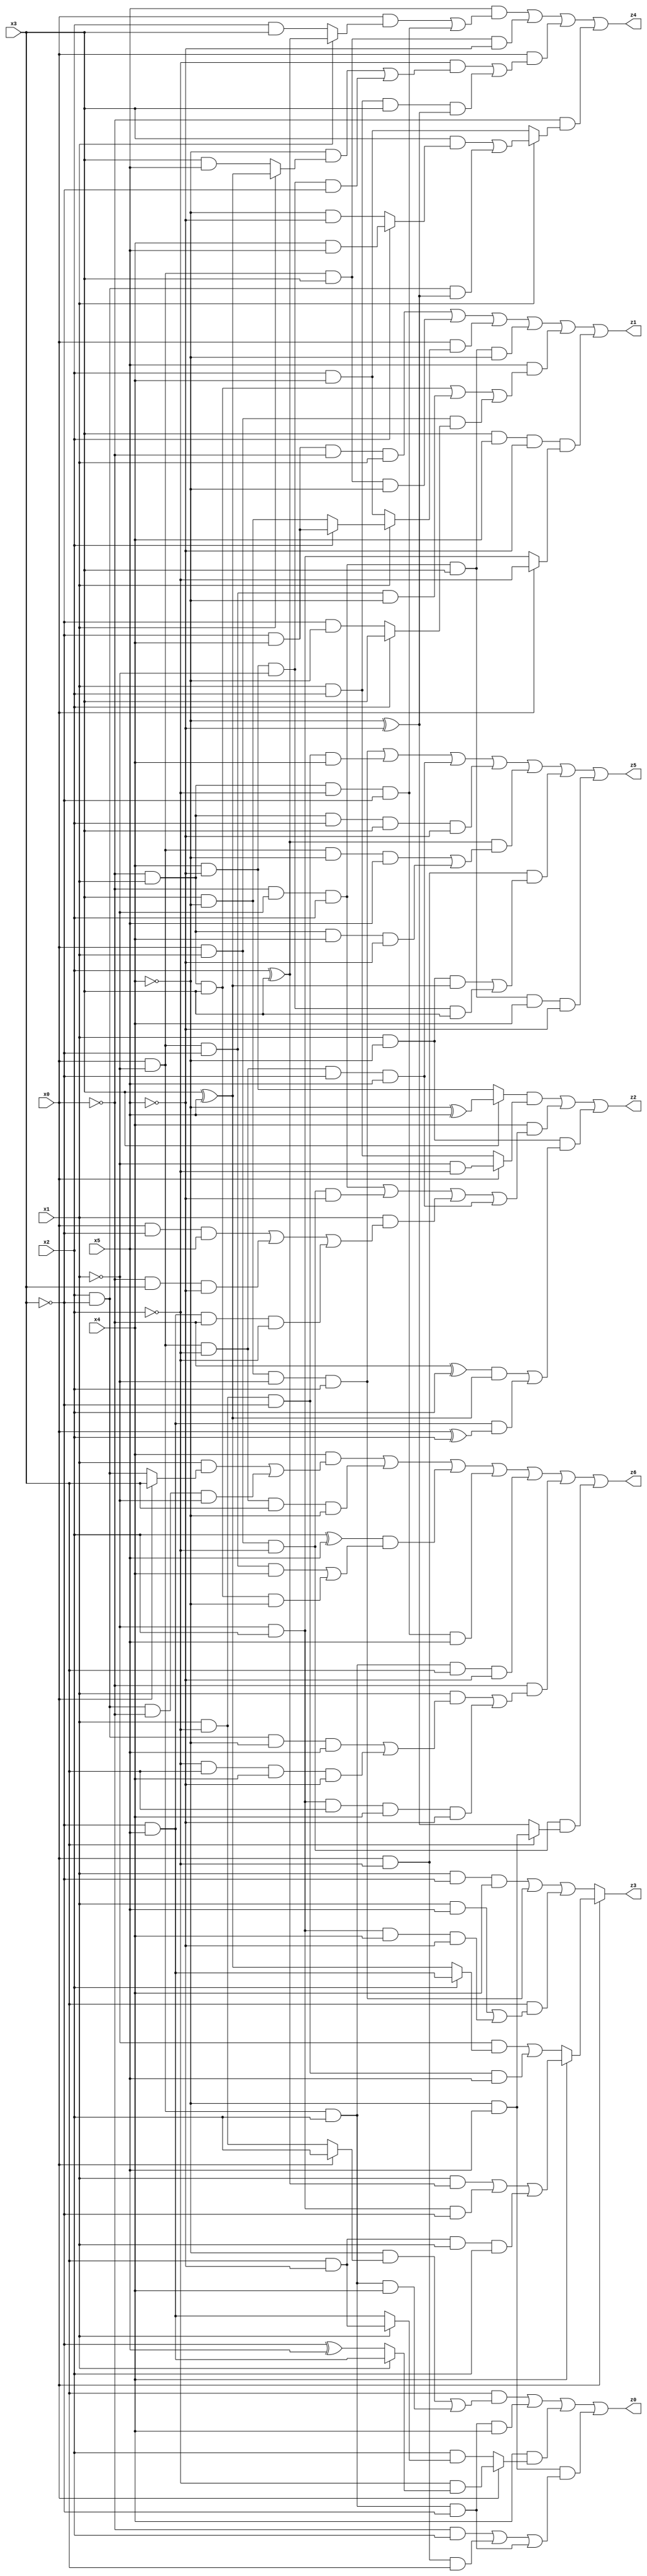
// Benchmark "mult_3x3_64" written by ABC on Tue Jun 27 23:58:50 2023

module mult_3x3_64 ( 
    x0, x1, x2, x3, x4, x5,
    z0, z1, z2, z3, z4, z5, z6  );
  input  x0, x1, x2, x3, x4, x5;
  output z0, z1, z2, z3, z4, z5, z6;
  assign z0 = (x3 & ((~x4 & (x0 ? x2 : (x1 & ~x2))) | (x0 & ~x1 & x2 & x4))) | (x0 & ~x1 & x2 & ~x3 & x4) | (x4 & (x0 ? (~x2 & (x1 ? (~x3 & x5) : (~x3 ^ x5))) : (x2 & (x1 ? (x3 & ~x5) : (~x3 & x5))))) | (~x4 & x5 & ((~x0 & x2) | (x0 & ~x2 & x3) | (x0 & ~x1 & x2 & ~x3)));
  assign z1 = (~x3 & x4 & ~x0 & x1) | (x0 & ~x1 & x3 & ~x4) | (x0 & (x1 ? (x2 ? (~x3 & x4) : (x3 & ~x4)) : (x2 & x4))) | (~x0 & ~x1 & x2 & x3 & ~x4) | (x5 & ((~x0 & x1 & x3) | (x0 & ~x1 & ~x3 & ~x4) | (x0 & x1 & (x2 ? x3 : (~x3 & ~x4))))) | (x3 & x4 & ~x5 & (x0 ? ~x2 : (~x1 & x2)));
  assign z2 = ((x3 ? (~x4 ^ x5) : (x4 & ~x5)) & (x0 ? (~x1 & ~x2) : (x1 & x2))) | (x4 & ((~x0 & ~x1 & x2) | (x0 & x1 & ~x2 & ~x5) | (x1 & ((x0 & ~x3 & x5) | (~x0 & x3 & ~x5) | (~x3 & x5 & ~x0 & ~x2))) | (x0 & ~x1 & ~x2 & ~x3 & x5))) | (x1 & ~x4 & (((~x0 ^ x2) & (x3 ^ x5)) | (~x3 & x5 & (x0 ^ x2))));
  assign z3 = x0 ? (x4 ? ((x1 & (x2 ^ x3)) | (~x1 & x2 & ~x3) | (x3 & ~x5 & x1 & x2)) : ((~x1 & (x2 ? (~x3 & x5) : (x3 ^ x5))) | (x1 & ~x2 & ~x3 & x5))) : ((x1 & ~x3 & x4) | (x3 & ~x4 & ~x1 & x2) | (x3 & ((x1 & x5) | (~x1 & x2 & x4 & ~x5))));
  assign z4 = (x5 & ((x0 & (x1 ? (x2 ^ x3) : (x2 & x3))) | (~x0 & x1 & ~x2 & ~x3))) | (x0 & ~x1 & x3 & ~x5) | (x0 & ((~x2 & ((~x4 & (x1 ? (x3 ^ x5) : (x3 & x5))) | (x4 & ~x5 & ~x1 & ~x3))) | (x1 & x2 & x3 & (~x4 ^ ~x5)))) | (~x0 & (x1 ? ((x3 & (x2 ? (x4 & x5) : (~x4 & ~x5))) | (x2 & ~x3 & (~x4 ^ ~x5))) : (x2 & x4)));
  assign z5 = (x3 & ~x4 & ~x1 & x2) | (x1 & ~x2 & ~x3 & x4) | (x0 & ~x1 & ~x2 & ~x3 & x5) | (~x0 & x1 & x2 & x3 & ~x5) | ((x2 ^ x3) & ((x0 & ~x1 & ~x4 & x5) | (~x0 & x1 & x4 & ~x5))) | (x0 & ~x2 & ((x1 & ~x4 & (x3 ^ x5)) | (x4 & ~x5 & ~x1 & x3))) | (~x0 & ~x1 & x2 & x3 & x4 & ~x5);
  assign z6 = (x4 & ((x1 & (x0 ? x3 : (x2 & ~x3))) | (x2 & ~x3 & ~x0 & ~x1))) | (x0 & ~x1 & ~x2 & x3 & ~x4) | ((x2 ^ x5) & ((x0 & ~x1 & ~x3 & x4) | (~x0 & x1 & x3 & ~x4))) | (~x0 & x1 & ~x2 & ~x3 & x5) | (x0 & ~x1 & x2 & x3 & ~x5) | (~x0 & ((x1 & ((x2 & ~x3 & ~x4 & x5) | (~x2 & x3 & x4 & ~x5))) | (~x1 & x2 & x3 & x4 & ~x5))) | (x0 & x1 & ~x2 & (x3 ? (~x4 & x5) : (~x4 ^ ~x5)));
endmodule